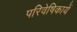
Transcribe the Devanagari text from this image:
परिवेषिकायें